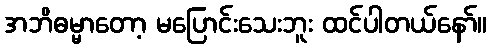
အဘိဓမ္မာတော့ မပြောင်းသေးဘူး ထင်ပါတယ်နော်။